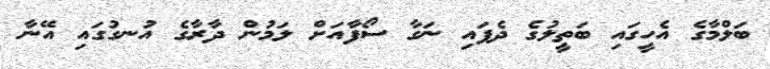
ބަލްމާގެ އެހީގައި ބަތީލުގެ ދެފައި ނަގާ ސޯފާއަށް ލަމުން ދާރާގެ އުނގުގައި އޭނާ